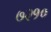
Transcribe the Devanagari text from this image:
७२१०